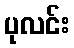
ပုလင်း